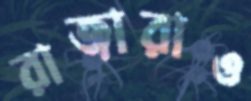
রাজারাও